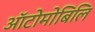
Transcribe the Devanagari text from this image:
ऑटोमोबिलि